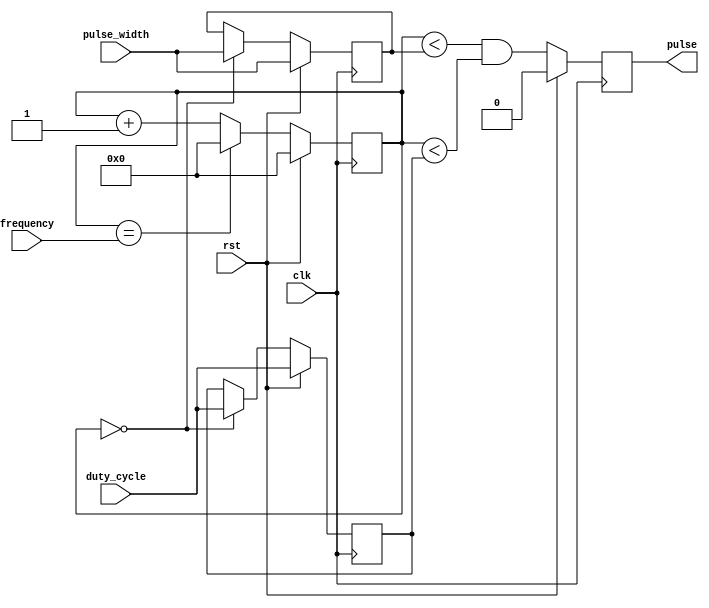
module pulse_generator (
    input wire clk,
    input wire rst,
    input wire [7:0] pulse_width,
    input wire [7:0] duty_cycle,
    input wire [15:0] frequency,
    output reg pulse
);

reg [15:0] count;
reg [7:0] pulse_width_counter;
reg [7:0] duty_cycle_counter;

always @(posedge clk) begin
    if (rst) begin
        count <= 0;
        pulse <= 0;
    end else begin
        count <= count + 1;
        pulse <= (count < pulse_width_counter) && (count < duty_cycle_counter);
        
        if (count == frequency) begin
            count <= 0;
        end
    end
end

always @(posedge clk) begin
    if (rst) begin
        pulse_width_counter <= pulse_width;
        duty_cycle_counter <= duty_cycle;
    end else begin
        if (count == 0) begin
            pulse_width_counter <= pulse_width;
            duty_cycle_counter <= duty_cycle;
        end
    end
end

endmodule